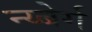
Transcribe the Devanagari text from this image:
न्य्बेर्ग